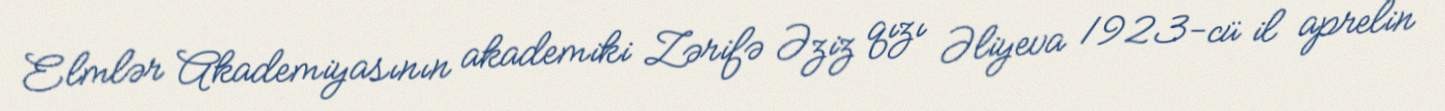
Elmlər Akademiyasının akademiki Zərifə Əziz qızı Əliyeva 1923-cü il aprelin